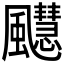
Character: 𫗆